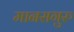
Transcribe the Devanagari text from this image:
मानसगुरु